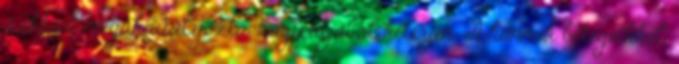
s ekként megakadályozta, hogy útjából kitérjen. A hunnok betegeikkel,